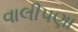
વાલીપણા